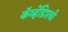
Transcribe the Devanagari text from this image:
कॅव्हेंडिशची